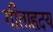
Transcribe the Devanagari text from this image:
गीताहृदय